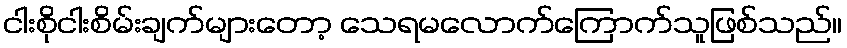
ငါးစိုငါးစိမ်းချက်များတော့ သေရမလောက်ကြောက်သူဖြစ်သည်။